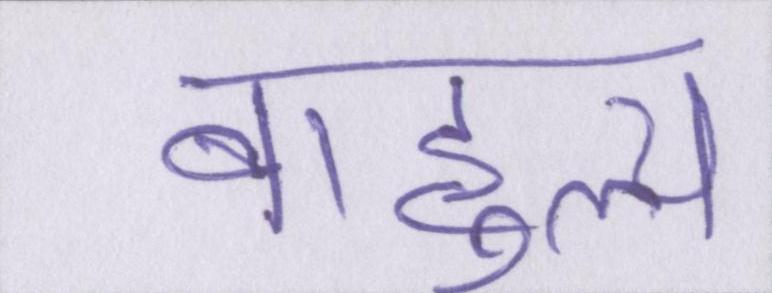
बाहुल्य